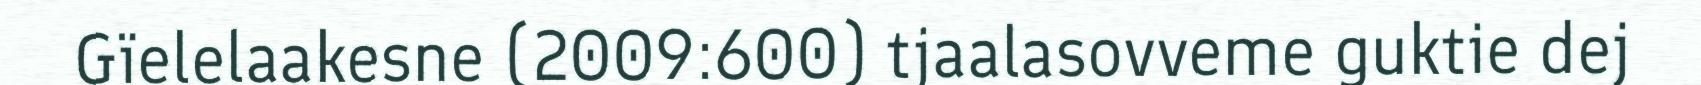
Gïelelaakesne (2009:600) tjaalasovveme guktie dej